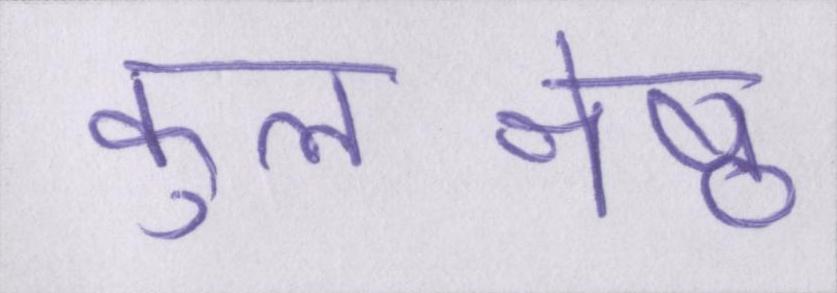
कुलश्रेष्ठ